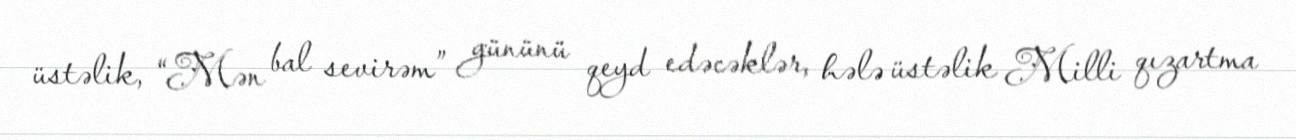
üstəlik, “Mən bal sevirəm” gününü qeyd edəcəklər, hələ üstəlik Milli qızartma